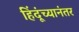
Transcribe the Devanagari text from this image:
हिंदूंच्यानंतर